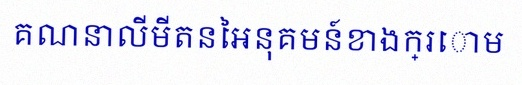
គណនាលីមីតនៃអនុគមន៍ខាងក្រោម